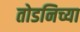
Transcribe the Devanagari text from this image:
तोडनिच्या